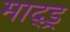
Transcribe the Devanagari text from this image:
माद्ड्र्